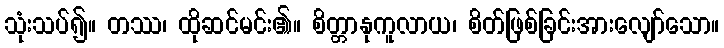
သုံးသပ်၍။ တဿ၊ ထိုဆင်မင်း၏။ စိတ္တာနုကူလာယ၊ စိတ်ဖြစ်ခြင်းအားလျော်သော။